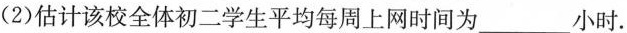
(2)估计该校全体初二学生平均每周上网时间为___小时.